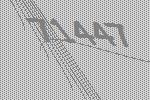
71447